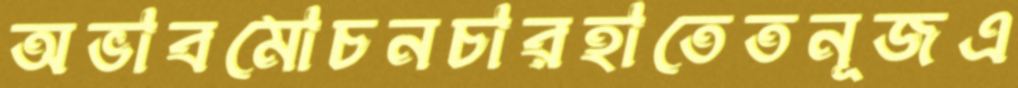
অভাবমোচনচারহাতেতনূজএ